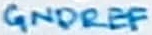
Text: GNDREF